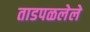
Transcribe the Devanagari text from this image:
ताडपळलेले